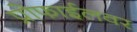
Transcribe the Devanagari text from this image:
प्रोफाईलवर